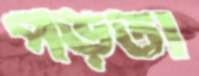
পড়তা